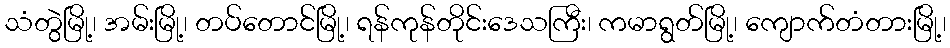
သံတွဲမြို့၊ အမ်းမြို့၊ တပ်တောင်မြို့၊ ရန်ကုန်တိုင်းဒေသကြီး၊ ကမာရွတ်မြို့၊ ကျောက်တံတားမြို့၊